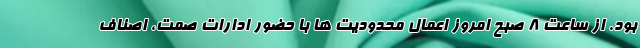
بود. از ساعت ۸ صبح امروز اعمال محدودیت ها با حضور ادارات صمت، اصناف